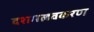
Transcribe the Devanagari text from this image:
दशमलवकरण